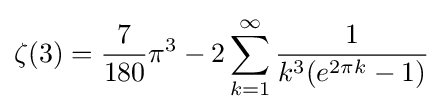
\zeta (3)={\frac {7}{180}}\pi ^{3}-2\sum _{k=1}^{\infty }{\frac {1}{k^{3}(e^{2\pi k}-1)}}